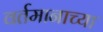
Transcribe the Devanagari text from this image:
वर्तमानाच्या